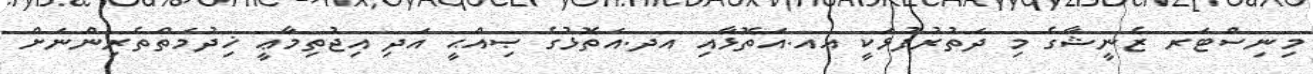
މިނިސްޓަރ ޒެނީޝާގެ މި ދަތުރުފުޅަކީ އއ.އަތޮޅާއި އދ.އަތޮޅުގެ ޞިއްޙީ އަދި އިޖުތިމާޢީ ޚިދުމަތްތެރިންނަށް